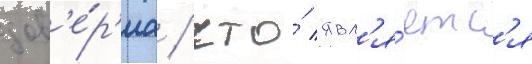
дов'е́р'иа / что́ явл'я́етс'я